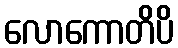
လောကောတိပိ